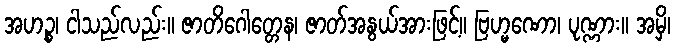
အဟဉ္စ၊ ငါသည်လည်း။ ဇာတိဂေါတ္တေန၊ ဇာတ်အနွယ်အားဖြင့်။ ဗြဟ္မဏော၊ ပုဏ္ဏား။ အမှိ၊